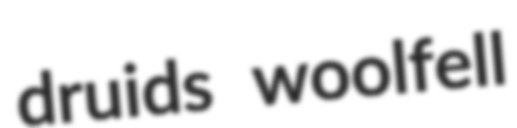
druids woolfell